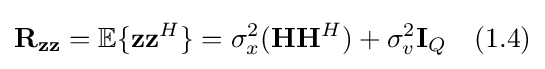
\mathbf {R} _{\mathbf {zz} }=\mathbb {E} \{\mathbf {z} \mathbf {z} ^{H}\}=\sigma _{x}^{2}(\mathbf {H} \mathbf {H} ^{H})+\sigma _{v}^{2}\mathbf {I} _{Q}\quad {\text{(1.4)}}